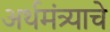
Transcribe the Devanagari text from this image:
अर्थमंत्र्याचे